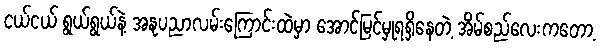
ငယ်ငယ် ရွယ်ရွယ်နဲ့ အနုပညာလမ်းကြောင်းထဲမှာ အောင်မြင်မှုရရှိနေတဲ့ အိမ်စည်လေးကတော့